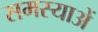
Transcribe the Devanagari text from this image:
समस्याअें